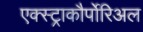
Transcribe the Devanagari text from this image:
एक्स्ट्राकौर्पोरिअल